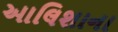
આલિશાના